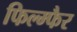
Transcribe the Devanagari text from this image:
फिल्म्फैर